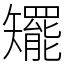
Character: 矲